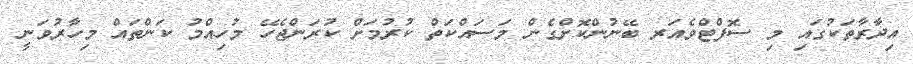
އިދާރާތަކުގައި މި ސޮފްޓްވެއަރ ބޭނުންކޮށްގެން މަސައްކަތް ކުރުމަށް ކުރަންޖެހޭ މުހިއްމު ކަންތައް މިހާރުވަނީ